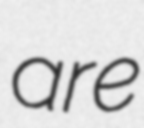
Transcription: are